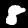
Digit: 8